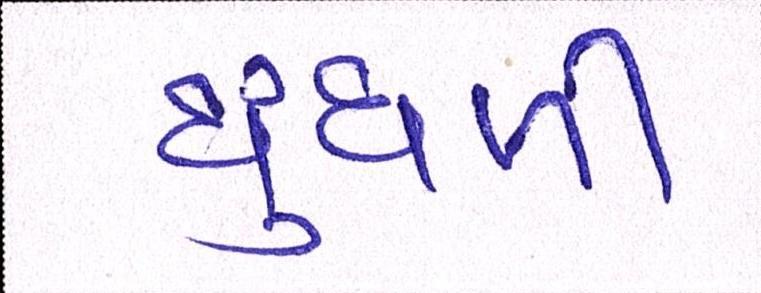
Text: ધુંધળી